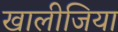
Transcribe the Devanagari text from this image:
खालीजिया